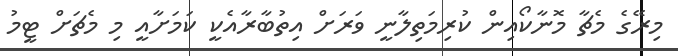
މިރޭގެ މެޗާ މޮނާކޯއިން ކުރިމަތިލާނީ ވަރަށް އިތުބާރާއެކީ ކަމަށާއީ މި މެޗަށް ޓީމު